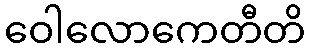
ဝေါလောကေတီတိ